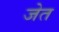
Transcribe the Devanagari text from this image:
जेत